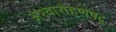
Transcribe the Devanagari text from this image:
अश्वारोहणपटू